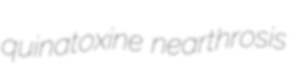
quinatoxine nearthrosis